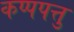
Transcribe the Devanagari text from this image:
कप्पपत्तु